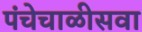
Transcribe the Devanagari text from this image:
पंचेचाळीसवा